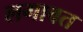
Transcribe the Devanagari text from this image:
लगावत